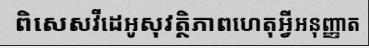
ពិសេសវីដេអូសុវត្ថិភាពហេតុអ្វីអនុញ្ញាត